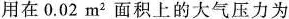
用在0.02m^{2}面积上的大气压力为